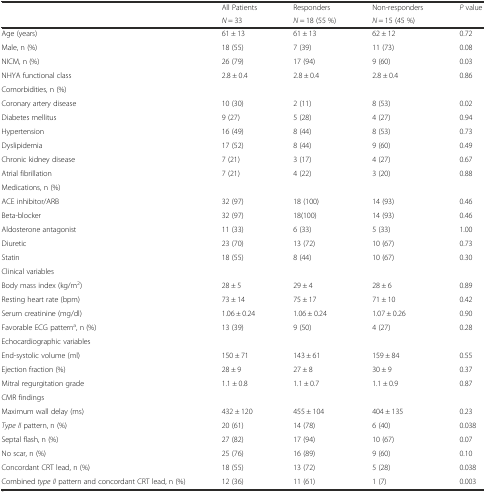
<table><thead><tr><td rowspan="2"></td><td><b>All Patients</b></td><td><b>Responders</b></td><td><b>Non-responders</b></td><td rowspan="2"><b><i>P</i> value</b></td></tr><tr><td><b><i>N</i> = 33</b></td><td><b><i>N</i> = 18 (55 %)</b></td><td><b><i>N</i> = 15 (45 %)</b></td></tr></thead><tbody><tr><td>Age (years)</td><td>61 ± 13</td><td>61 ± 13</td><td>62 ± 12</td><td>0.72</td></tr><tr><td>Male, n (%)</td><td>18 (55)</td><td>7 (39)</td><td>11 (73)</td><td>0.08</td></tr><tr><td>NICM, n (%)</td><td>26 (79)</td><td>17 (94)</td><td>9 (60)</td><td>0.03</td></tr><tr><td>NHYA functional class</td><td>2.8 ± 0.4</td><td>2.8 ± 0.4</td><td>2.8 ± 0.4</td><td>0.86</td></tr><tr><td colspan="5">Comorbidities, n (%)</td></tr><tr><td>Coronary artery disease</td><td>10 (30)</td><td>2 (11)</td><td>8 (53)</td><td>0.02</td></tr><tr><td>Diabetes mellitus</td><td>9 (27)</td><td>5 (28)</td><td>4 (27)</td><td>0.94</td></tr><tr><td>Hypertension</td><td>16 (49)</td><td>8 (44)</td><td>8 (53)</td><td>0.73</td></tr><tr><td>Dyslipidemia</td><td>17 (52)</td><td>8 (44)</td><td>9 (60)</td><td>0.49</td></tr><tr><td>Chronic kidney disease</td><td>7 (21)</td><td>3 (17)</td><td>4 (27)</td><td>0.67</td></tr><tr><td>Atrial fibrillation</td><td>7 (21)</td><td>4 (22)</td><td>3 (20)</td><td>0.88</td></tr><tr><td colspan="5">Medications, n (%)</td></tr><tr><td>ACE inhibitor/ARB</td><td>32 (97)</td><td>18 (100)</td><td>14 (93)</td><td>0.46</td></tr><tr><td>Beta-blocker</td><td>32 (97)</td><td>18(100)</td><td>14 (93)</td><td>0.46</td></tr><tr><td>Aldosterone antagonist</td><td>11 (33)</td><td>6 (33)</td><td>5 (33)</td><td>1.00</td></tr><tr><td>Diuretic</td><td>23 (70)</td><td>13 (72)</td><td>10 (67)</td><td>0.73</td></tr><tr><td>Statin</td><td>18 (55)</td><td>8 (44)</td><td>10 (67)</td><td>0.30</td></tr><tr><td colspan="5">Clinical variables</td></tr><tr><td>Body mass index (kg/m<sup>2</sup>)</td><td>28 ± 5</td><td>29 ± 4</td><td>28 ± 6</td><td>0.89</td></tr><tr><td>Resting heart rate (bpm)</td><td>73 ± 14</td><td>75 ± 17</td><td>71 ± 10</td><td>0.42</td></tr><tr><td>Serum creatinine (mg/dl)</td><td>1.06 ± 0.24</td><td>1.06 ± 0.24</td><td>1.07 ± 0.26</td><td>0.90</td></tr><tr><td>Favorable ECG pattern<sup>a</sup>, n (%)</td><td>13 (39)</td><td>9 (50)</td><td>4 (27)</td><td>0.28</td></tr><tr><td colspan="5">Echocardiographic variables</td></tr><tr><td>End-systolic volume (ml)</td><td>150 ± 71</td><td>143 ± 61</td><td>159 ± 84</td><td>0.55</td></tr><tr><td>Ejection fraction (%)</td><td>28 ± 9</td><td>27 ± 8</td><td>30 ± 9</td><td>0.37</td></tr><tr><td>Mitral regurgitation grade</td><td>1.1 ± 0.8</td><td>1.1 ± 0.7</td><td>1.1 ± 0.9</td><td>0.87</td></tr><tr><td colspan="5">CMR findings</td></tr><tr><td>Maximum wall delay (ms)</td><td>432 ± 120</td><td>455 ± 104</td><td>404 ± 135</td><td>0.23</td></tr><tr><td><i>Type II</i> pattern, n (%)</td><td>20 (61)</td><td>14 (78)</td><td>6 (40)</td><td>0.038</td></tr><tr><td>Septal flash, n (%)</td><td>27 (82)</td><td>17 (94)</td><td>10 (67)</td><td>0.07</td></tr><tr><td>No scar, n (%)</td><td>25 (76)</td><td>16 (89)</td><td>9 (60)</td><td>0.10</td></tr><tr><td>Concordant CRT lead, n (%)</td><td>18 (55)</td><td>13 (72)</td><td>5 (28)</td><td>0.038</td></tr><tr><td>Combined <i>type II</i> pattern and concordant CRT lead, n (%)</td><td>12 (36)</td><td>11 (61)</td><td>1 (7)</td><td>0.003</td></tr></tbody></table>